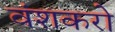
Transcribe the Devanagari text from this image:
वंशकरो